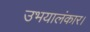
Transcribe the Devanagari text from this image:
उभयालंकार।